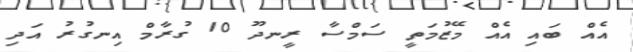
އެއް ބައި އެއް މޭޒުމަތީ ސަމްސާ ރީނދޫ 10 ގުރާމް އިނގުރު އަދި